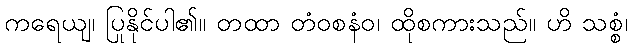
ကရေယျ၊ ပြုနိုင်ပါ၏။ တထာ တံဝစနံဝ၊ ထိုစကားသည်။ ဟိ သစ္စံ၊